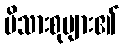
မိသားစုများ၏